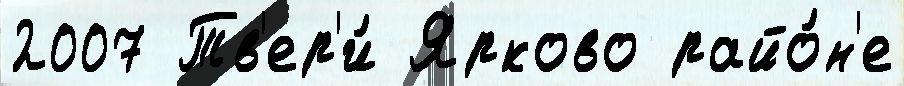
2007 Тв'ер'и́ Ярково райо́н'е